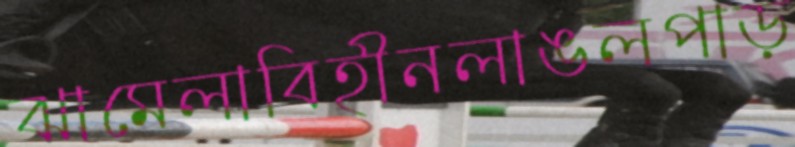
ঝামেলাবিহীনলাঙলপাড়